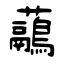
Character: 虉